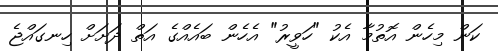
ކަން މިހެން އޮތުމާ އެކު "ހަވީރު" އެހެން ބައެއްގެ އަތް ދަށަށް ހިނގައްޖެ